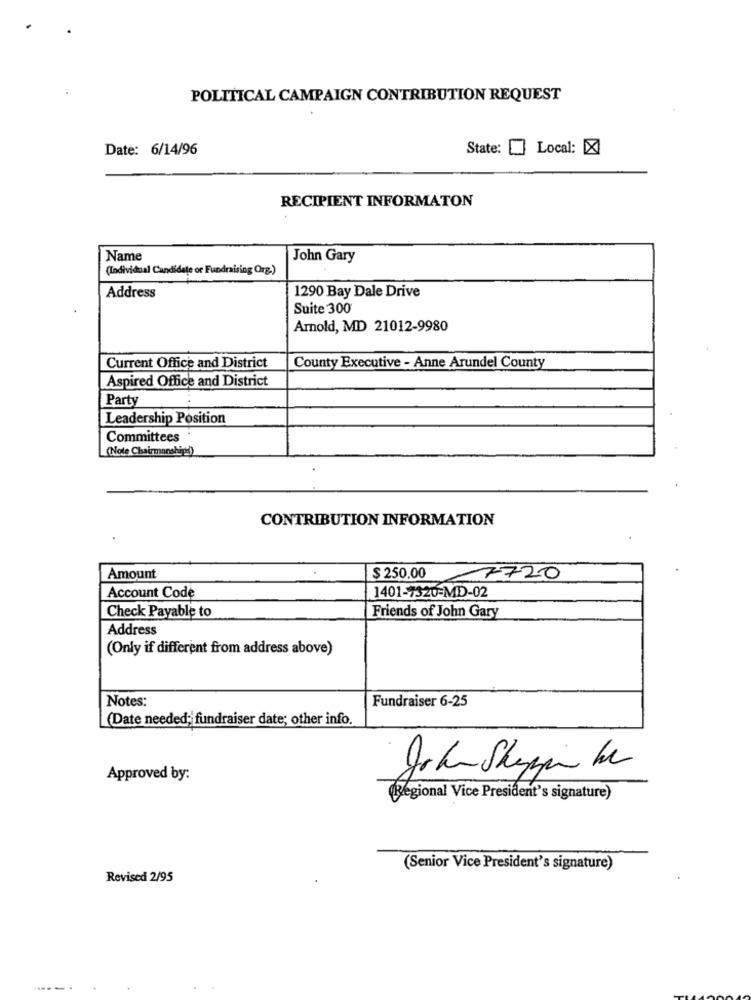
POLITICAL CAMPAIGN CONTRIBUTION REQUEST
Date: 6/14/96
State: [ Local: X
RECIPIENT INFORMATON
Name
John Gary
(Individual Candidate or Fundraising Org.)
1290 Bay Dale Drive
Address
Suite 300
Arnold, MD 21012-9980
Current Office and District
County Executive - Anne Arundel County
Aspired Office and District
Party
Leadership Position
Committees
(Note Chairmanshipe)
CONTRIBUTION INFORMATION
Amount
$ 250.00
7720
Account Code
1401-7320-MD-02
Check Payable to
Friends of John Gary
Address
(Only if different from address above)
Fundraiser 6-25
Notes:
(Date needed; fundraiser date; other info.
Approved by:
(Regional Vice President's signature)
(Senior Vice President's signature)
Revised 2/95